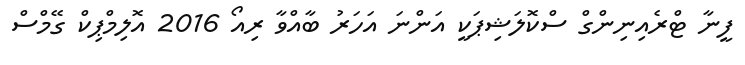
ފީނާ ޓްރެއިނިންގް ސްކޮލަޝިޕަކީ އަންނަ އަހަރު ބާއްވާ ރިއޯ 2016 އޮލިމްޕިކް ގޭމްސް